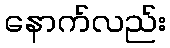
နောက်လည်း